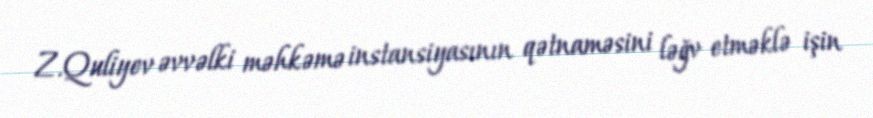
Z.Quliyev əvvəlki məhkəmə instansiyasının qətnaməsini ləğv etməklə işin